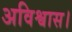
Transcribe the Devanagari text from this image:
अविश्वास।